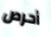
أحرص